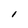
Character: l